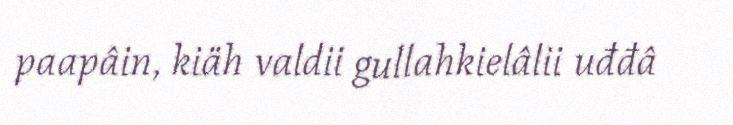
paapâin, kiäh valdii gullahkielâlii uđđâ